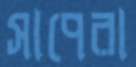
সাপেরা